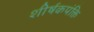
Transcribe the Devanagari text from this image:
शीर्षकपंक्ति